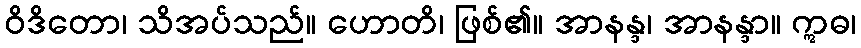
ဝိဒိတော၊ သိအပ်သည်။ ဟောတိ၊ ဖြစ်၏။ အာနန္ဒ၊ အာနန္ဒာ။ ဣဓ၊